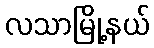
လသာမြို့နယ်